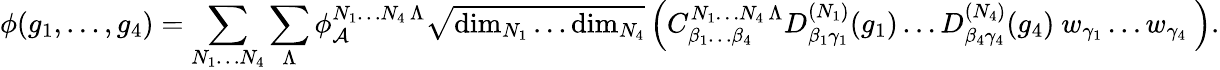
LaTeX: \phi(g_{1},\ldots,g_{4})=\sum_{N_{1}\ldots N_{4}}\sum_{\Lambda}\phi_{\cal A}^{N_{1}\ldots N_{4}\, \Lambda}\sqrt{\mathrm{dim}_{N_{1}}\ldots\mathrm{dim}_{N_{4}}}\left({C}_{\beta_{1}\ldots\beta_{4}}^{N_{1}\ldots N_{4}\, \Lambda}D_{\beta_{1}\gamma_{1}}^{(N_{1})}(g_{1})\ldots D_{\beta_{4}\gamma_{4}}^{(N_{4})}(g_{4})\ w_{\gamma_{1}}\ldots w_{\gamma_{4}}\ \right).